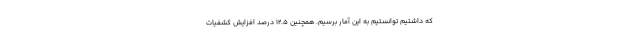
که داشتیم توانستیم به این آمار برسیم. همچنین ۱۲.۵ درصد افزایش کشفیات